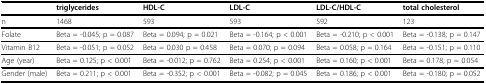
|  | triglycerides | HDL-C | LDL-C | LDL-C/HDL-C | total cholesterol |
 | --- | --- | --- | --- | --- | --- |
 | n | 1468 | 593 | 593 | 592 | 123 |
 | Folate | Beta = -0.045; p = 0.087 | Beta = 0.094; p = 0.021 | Beta = -0.164; p < 0.001 | Beta = -0.210; p < 0.001 | Beta = -0.138; p = 0.147 |
 | Vitamin B12 | Beta = -0.051; p = 0.052 | Beta = 0.030 p = 0.458 | Beta = 0.070; p = 0.094 | Beta = 0.058; p = 0.164 | Beta = -0.151; p = 0.110 |
 | Age (year) | Beta = 0.125; p < 0.001 | Beta = -0.012; p = 0.762 | Beta = 0.254; p < 0.001 | Beta = 0.160; p < 0.001 | Beta = 0.178; p = 0.054 |
 | Gender (male) | Beta = 0.211; p < 0.001 | Beta = -0.352; p < 0.001 | Beta = -0.082; p = 0.045 | Beta = 0.186; p < 0.001 | Beta = -0.180; p = 0.052 |